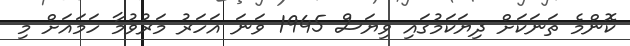
ކޮންމެ ތަނަކަށް ދިޔަކަމުގައި ވިޔަސް 1945 ވަނަ އަހަރު މަރުވުމާ ހަމައަށް މި